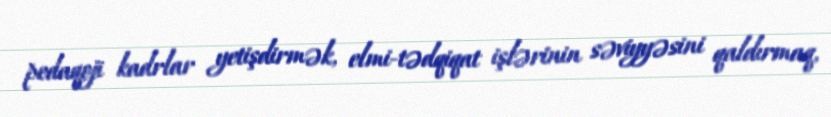
pedaqoji kadrlar yetişdirmək, elmi-tədqiqat işlərinin səviyyəsini qaldırmaq,